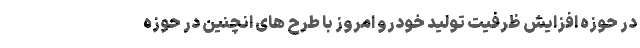
در حوزه افزایش ظرفیت تولید خودرو امروز با طرح های انچنین در‌ حوزه